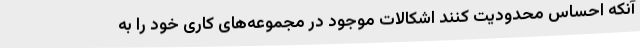
آنکه احساس محدودیت کنند اشکالات موجود در مجموعه‌های کاری خود را به